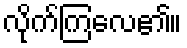
လိုက်ကြလေ၏။